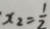
x _ { 2 } = \frac { 1 } { 2 }